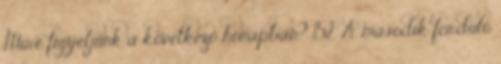
Mire figyeljünk a következő hónapban? 152. A második forduló